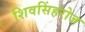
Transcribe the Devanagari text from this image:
शिवसिंहरोज